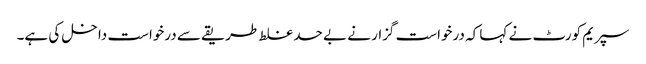
سپریم کورٹ نے کہا کہ درخواست گزار نے بے حد غلط طریقے سے درخواست داخل کی ہے۔